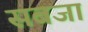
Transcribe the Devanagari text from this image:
सबजा